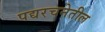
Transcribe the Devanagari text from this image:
पद्यरचनेतील